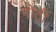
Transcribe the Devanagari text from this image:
गोठीं